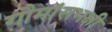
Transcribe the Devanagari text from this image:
गौमांसभक्षी